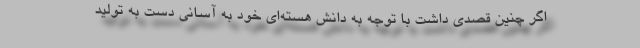
اگر چنین قصدی داشت با توجه به دانش هسته‌ای خود به آسانی دست به تولید